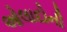
ઓલાદોની